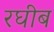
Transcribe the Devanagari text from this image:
रघीब